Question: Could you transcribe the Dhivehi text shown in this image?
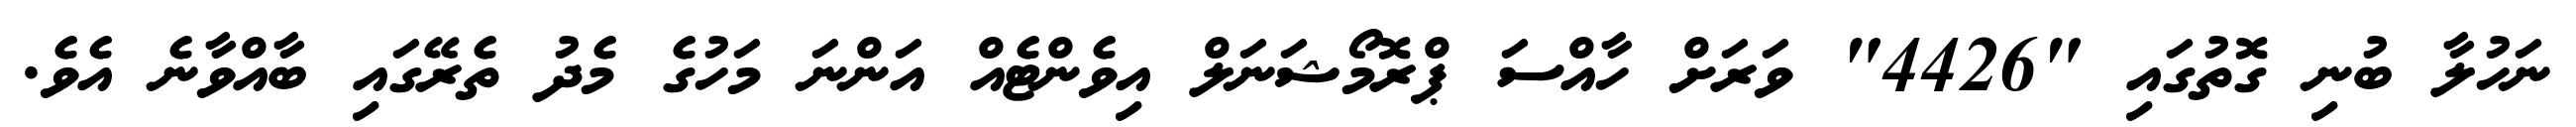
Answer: ނަހުލާ ބުނި ގޮތުގައި "4426" ވަރަށް ހާއްސަ ޕްރޮމޯޝަނަލް އިވެންޓެއް އަންނަ މަހުގެ މެދު ތެރޭގައި ބާއްވާނެ އެވެ.